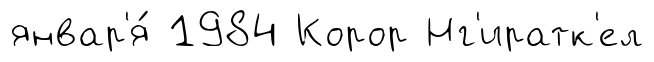
январ'я́ 1984 Корор Нг'иратк'ел